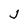
Character: j